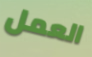
العمل